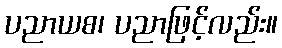
ပညာယစ၊ ပညာဖြင့်လည်း။